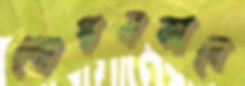
গোপনভাবে